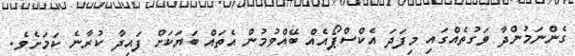
ގެންނަމުންދާ ވަގުތެއްގައި މިފަދަ އެކްސްޕޯއެއް ބޭއްވުމުން އެތައް ބަޔަކަށް ފައިދާ ކުރާނެ ކަމަށެވެ.